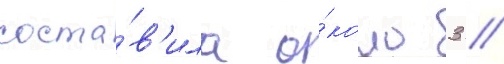
соста́в'ила о́коло 3 /